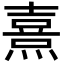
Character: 熹